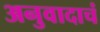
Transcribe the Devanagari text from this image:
अनुवादाचं